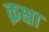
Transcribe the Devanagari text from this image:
क़क्षा